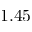
1 . 4 5